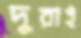
দুরাই